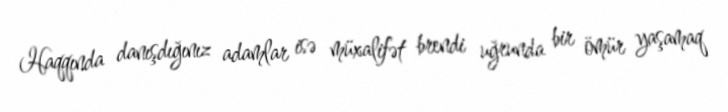
Haqqında danışdığınız adamlar isə müxalifət brendi uğrunda bir ömür yaşamaq